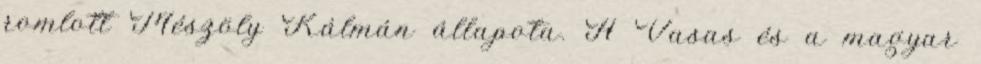
romlott Mészöly Kálmán állapota. A Vasas és a magyar